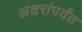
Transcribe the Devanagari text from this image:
अक्षरांपर्यंत